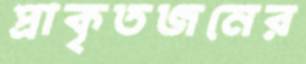
প্রাকৃতজনের